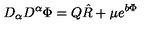
D _ { \alpha } D ^ { \alpha } \Phi = Q \hat { R } + \mu e ^ { b \Phi }